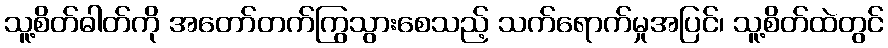
သူ့စိတ်ဓါတ်ကို အတော်တက်ကြွသွားစေသည့် သက်ရောက်မှုအပြင်၊ သူ့စိတ်ထဲတွင်